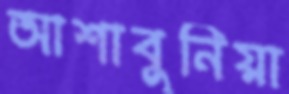
আশাবুনিয়া